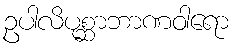
ဥပါလိပုစ္ဆာဘာဏဝါရော